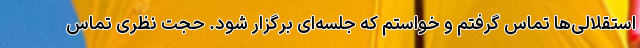
استقلالی‌‌ها تماس گرفتم و خواستم که جلسه‌ای برگزار شود. حجت نظری تماس